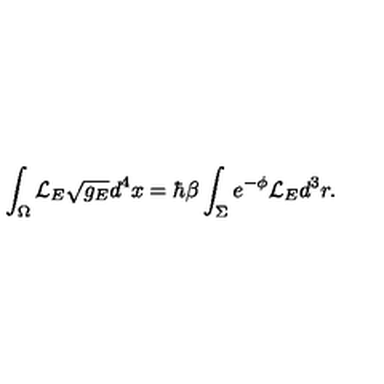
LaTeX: \int _ { \Omega } { \cal L } _ { E } \sqrt { g _ { E } } d ^ { 4 } x = \hbar \beta \int _ { \Sigma } e ^ { - \phi } { \cal L } _ { E } d ^ { 3 } r .